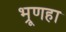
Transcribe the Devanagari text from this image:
भ्रूणहा